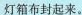
灯箱布封起来。